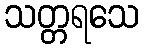
သတ္တရသေ